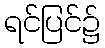
ရင်ပြင်၌